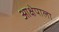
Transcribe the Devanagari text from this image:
आक्षेपाला